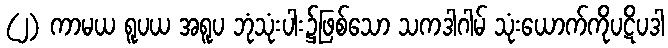
(၂) ကာမယ ရူပယ အရူပ ဘုံသုံးပါး၌ဖြစ်သော သကဒါဂါမ် သုံးယောက်ကိုပဋိပဒါ